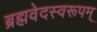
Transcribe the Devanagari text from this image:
ब्रह्मवेदस्वरूपम्